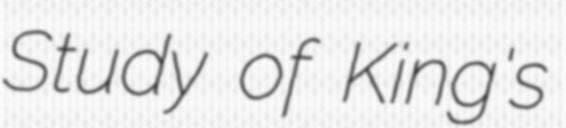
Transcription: Study of King's